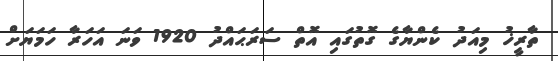
ތާރީޚު މިއަދު ކެންޔާގެ ގޮތުގައި އޮތް ސަރަޙައްދު 1920 ވަނަ އަހަރާ ހަމަޔަށް